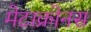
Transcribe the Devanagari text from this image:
मेटाक्रोनस